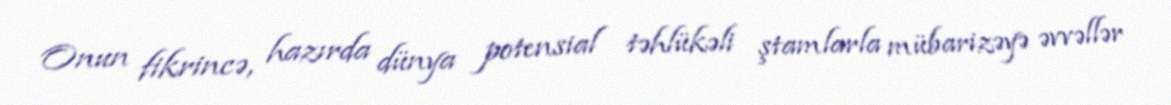
Onun fikrincə, hazırda dünya potensial təhlükəli ştamlarla mübarizəyə əvvəllər